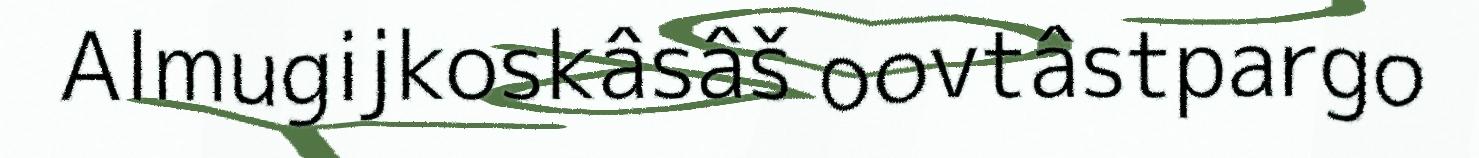
Almugijkoskâsâš oovtâstpargo